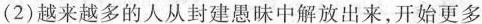
(2)越来越多的人从封建愚昧中解放出来，开始更多